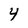
Character: 4